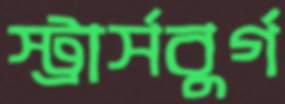
স্ট্রার্সবুর্গ